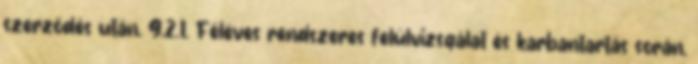
szerzõdés után. 9.2.1. Féléves rendszeres felülvizsgálat és karbantartás során,